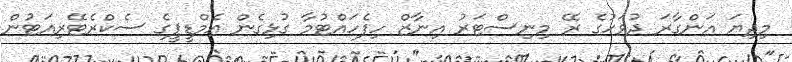
މިދިޔަ އަންގާރަ ދުވަހުގެ ރޭ މިނިސްޓަރު އިނާޒް ހިފެހައްޓުމާ ގުޅިގެން އެމްޑީޕީގެ ސެކްރެޓޭރިއަޓުން